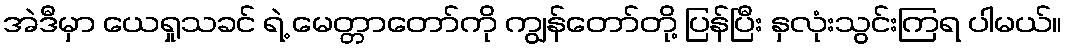
အဲဒီမှာ ယေရှုသခင် ရဲ့ မေတ္တာတော်ကို ကျွန်တော်တို့ ပြန်ပြီး နှလုံးသွင်းကြရ ပါမယ်။